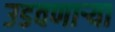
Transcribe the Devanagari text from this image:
उडवणाऱ्या